Subject: stat
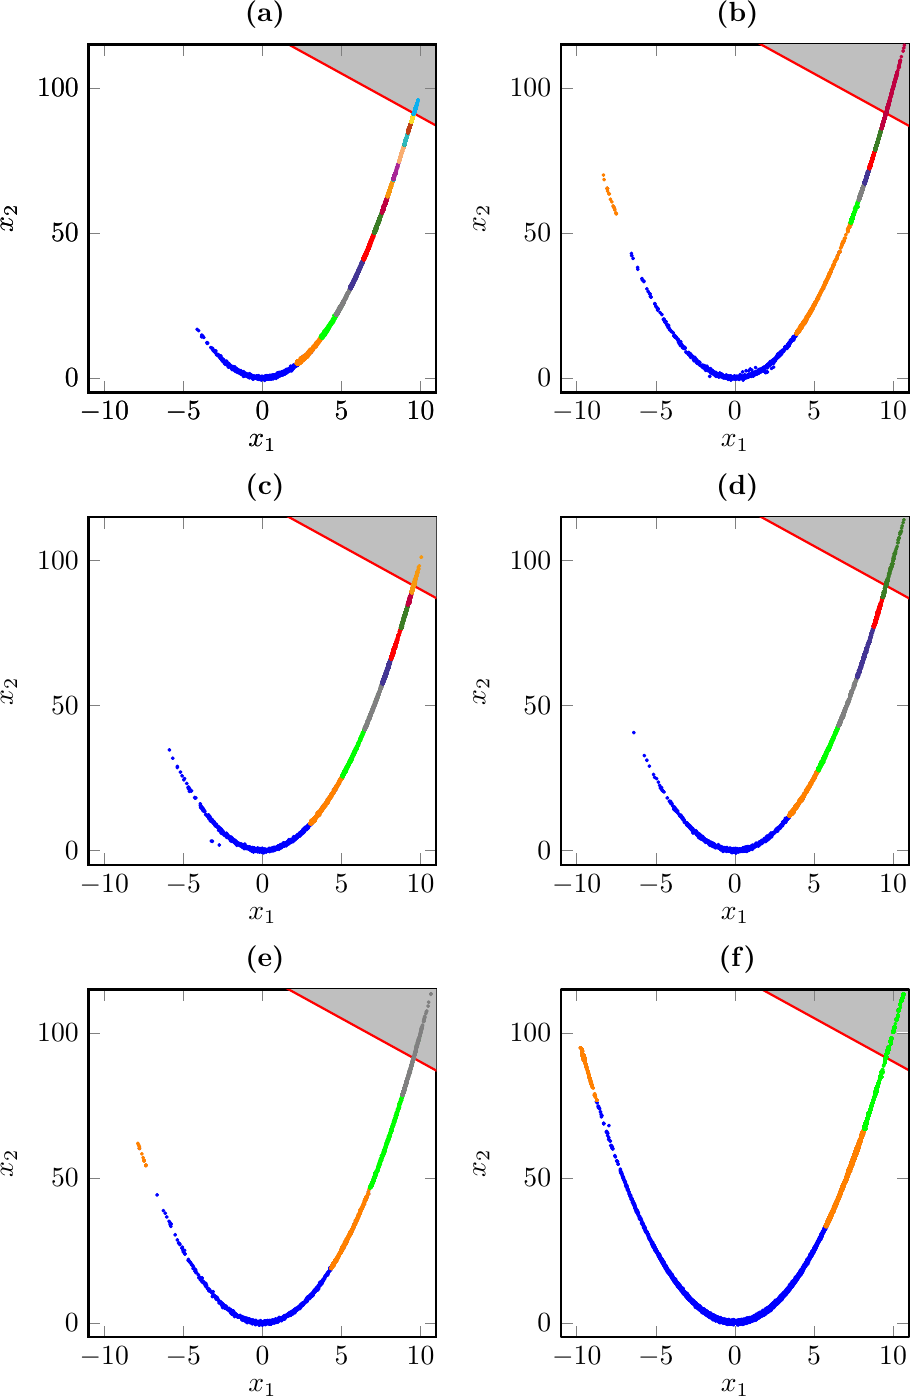
LaTeX code:
     \begin{tikzpicture}
        \node[anchor=mid] at (-2.4,6.){\textbf{(a)}};
        \node at (-3.,3){\includegraphics{6233_figs_rosenbrock_HNN_subset_samples_merge.pdf}};
        \node[anchor=mid] at (3.6,6.){\textbf{(b)}};
        \node at (3.,3){\includegraphics{6234_figs_rosenbrock_LHNN_subset_samples.pdf}};
        \node[anchor=mid] at (-2.4,0.){\textbf{(c)}};
        \node at (-3.,-3){\includegraphics{6235_figs_rosenbrock_update_HNN.pdf}};
        \node[anchor=mid] at (3.6,0.){\textbf{(d)}};
        \node at (3.,-3){\includegraphics{6236_figs_rosenbrock_online_error.pdf}};
        \node[anchor=mid] at (-2.4,-6.){\textbf{(e)}};
        \node at (-3.,-9){\includegraphics{6237_figs_rosenbrock_HMC_2.pdf}};
        \node[anchor=mid] at (3.6,-6.){\textbf{(f)}};
        \node at (3.,-9){\includegraphics{6238_figs_rosenbrock_HNN_10k_merge.pdf}};
     \end{tikzpicture}